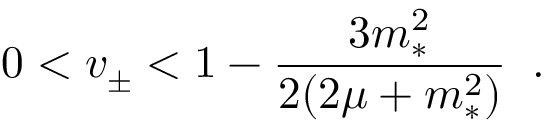
0 < v _ { \pm } < 1 - \frac { 3 m _ { * } ^ { 2 } } { 2 ( 2 \mu + m _ { * } ^ { 2 } ) } \; \; .